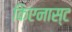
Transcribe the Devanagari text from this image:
किएनास्ट